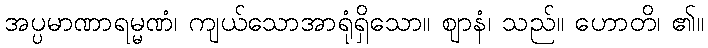
အပ္ပမာဏာရမ္မဏံ၊ ကျယ်သောအာရုံရှိသော။ ဈာနံ၊ သည်။ ဟောတိ၊ ၏။